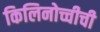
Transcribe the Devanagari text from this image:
किलिनोच्चीची